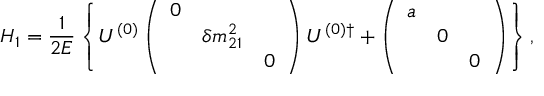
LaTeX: H _ { 1 } = \frac { 1 } { 2 E } \left\{ U ^ { ( 0 ) } \left( \begin{array} { c c c } { { 0 } } & { { } } & { { } } \\ { { } } & { { \delta m _ { 2 1 } ^ { 2 } } } & { { } } \\ { { } } & { { } } & { { 0 } } \end{array} \right) U ^ { ( 0 ) \dagger } + \left( \begin{array} { c c c } { { a } } & { { } } & { { } } \\ { { } } & { { 0 } } & { { } } \\ { { } } & { { } } & { { 0 } } \end{array} \right) \right\} ,